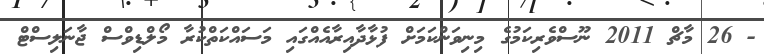
- 26 މާޗް 2011 ނޫސްވެރިކަމުގެ މިނިވަންކަމަށް ފުޅާދާއިރާއެއްގައި މަސައްކަތްކުރާ މޯލްޑިވްސް ޖާނަލިސްޓް